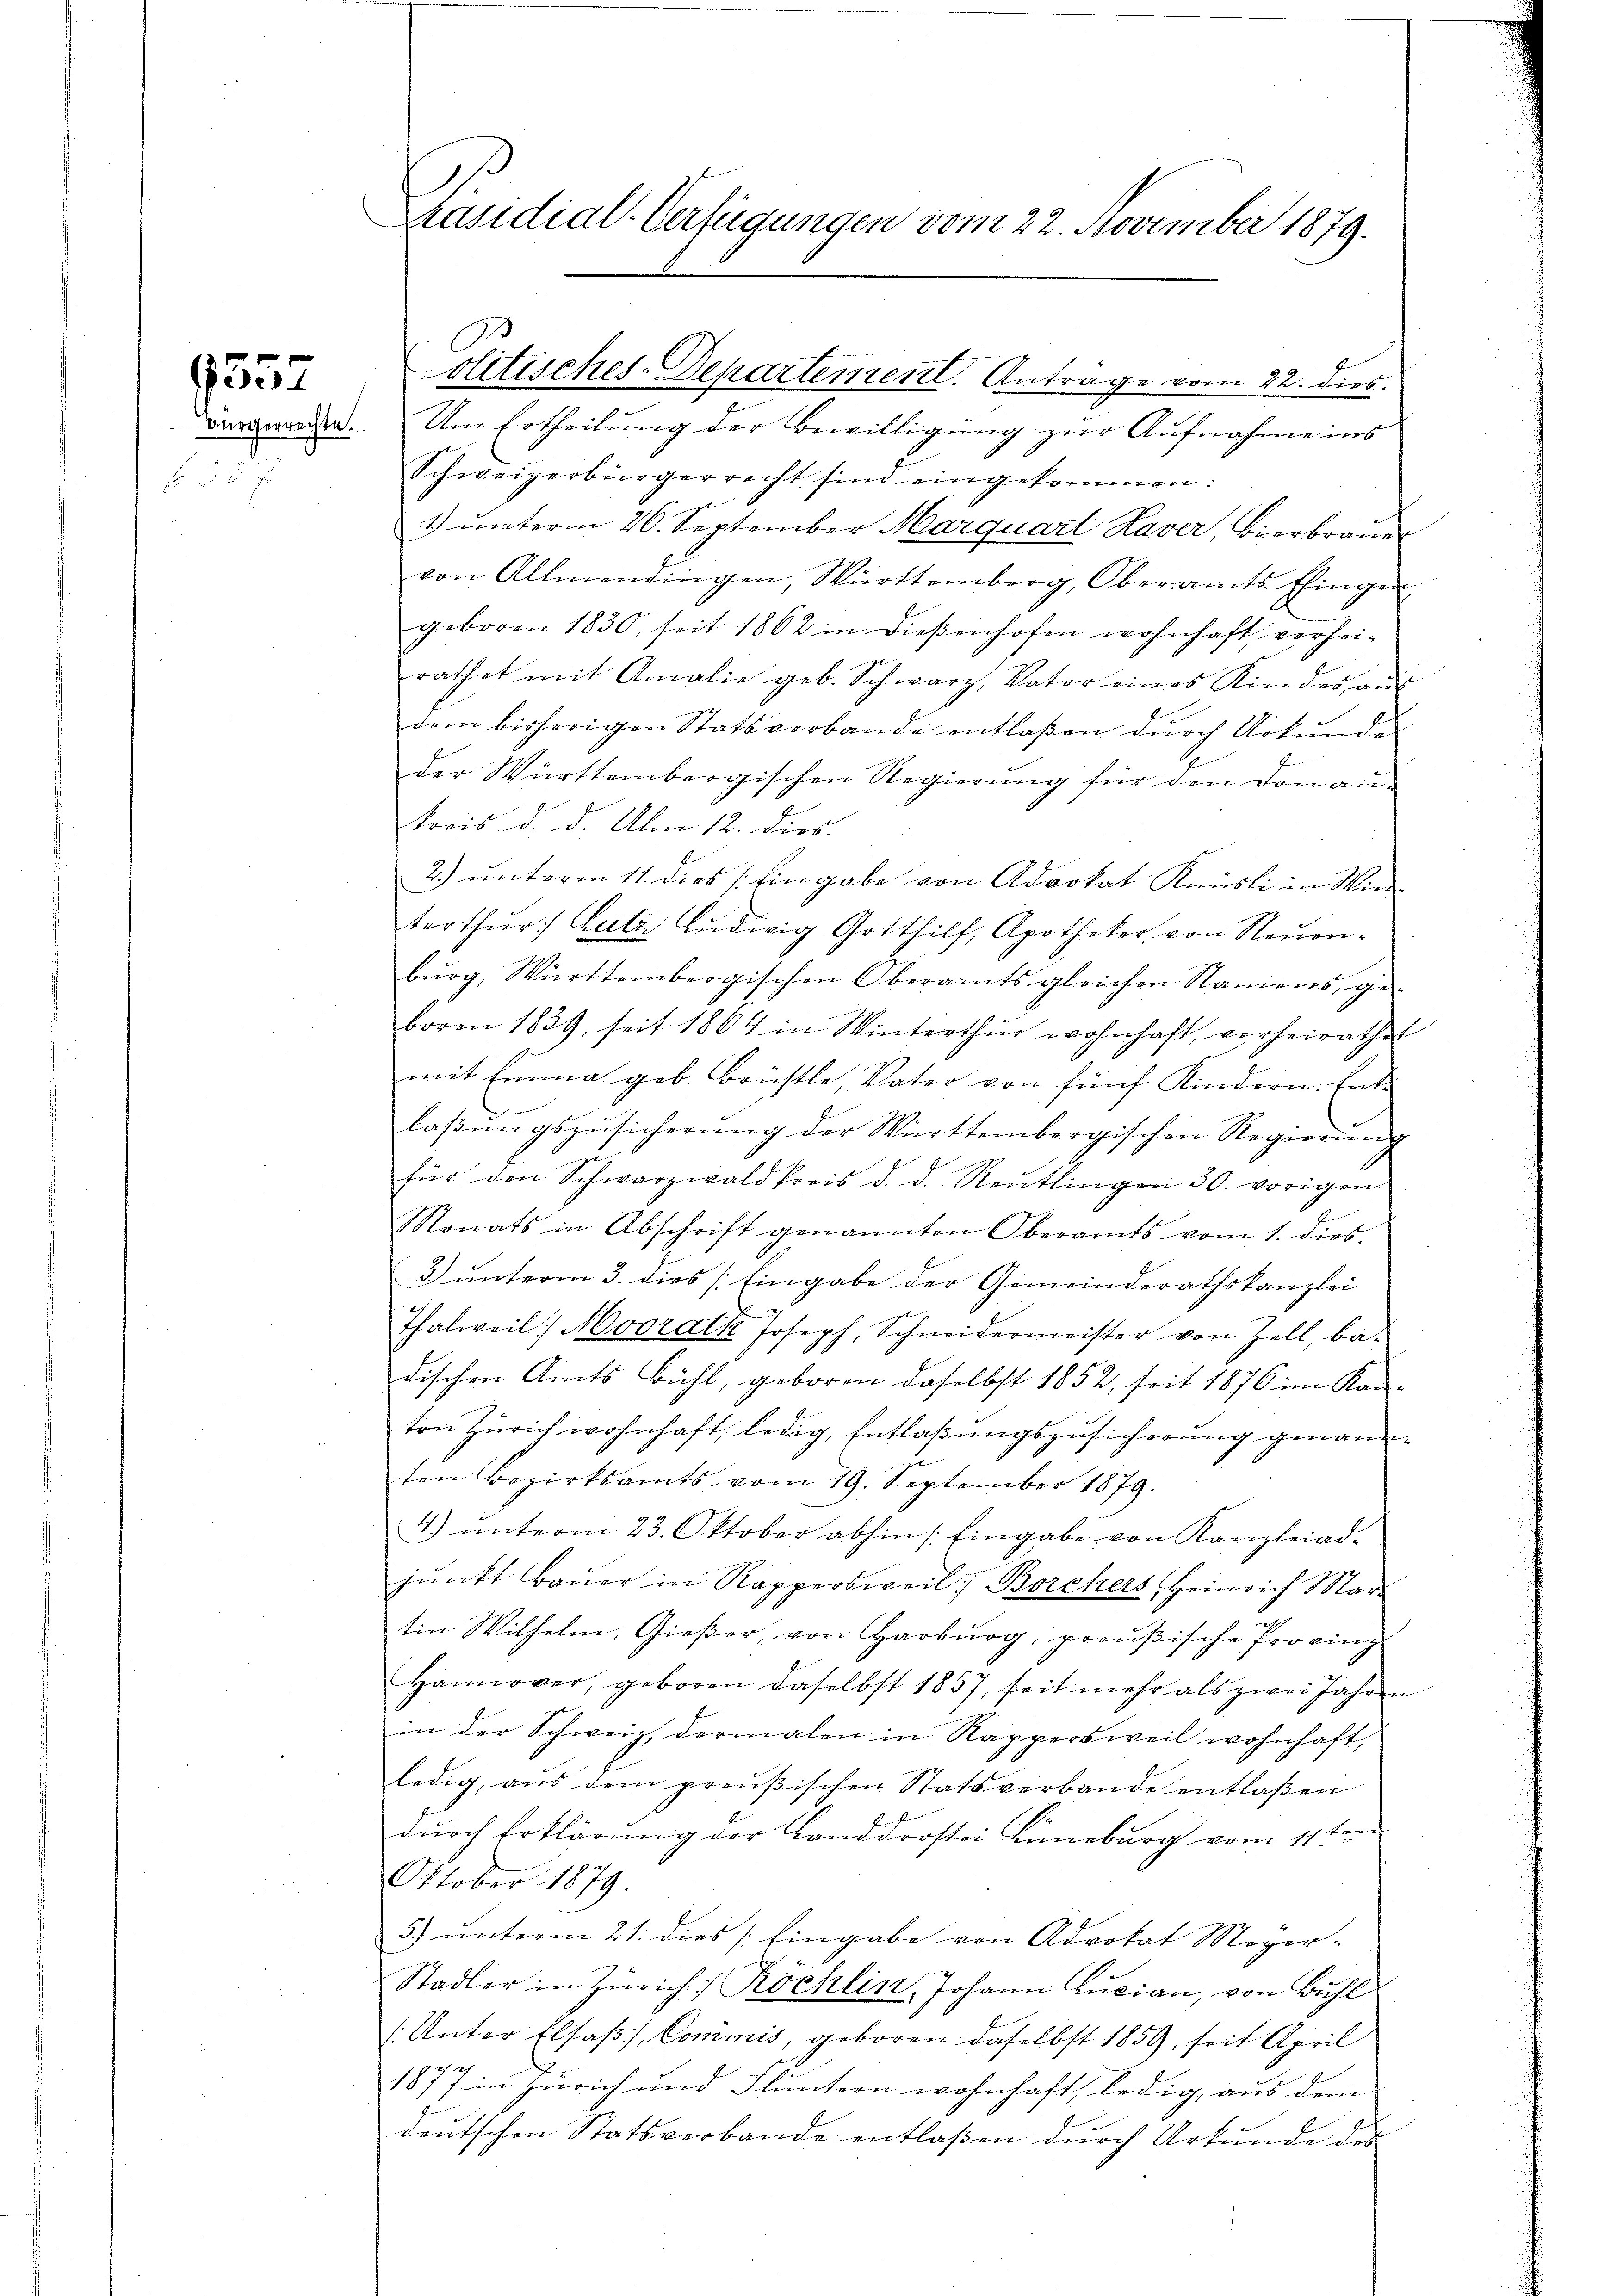
9557

Präsidial-Verfügungen vom 22. November 1879.

dergerade. Am Ertheilŭng der Bewilligŭng zŭr Aŭfnahme ins
Schweizerbürgerrecht sind eingekommen:
1) unterm 26. September Marquart Haver, Bierbrau
von Allmendingen, Württemberg, Oberamts Eingen
geboren 1830, seit 1862 in dießenhofen wohnhaft verheirathet mit Amalie geb. Schwarz, Vater eines Kindes aŭs
dem bisherigen Statsverbande entlaßen durch Urkunde
I
der Württembergischen Regierung für den von aukreis d. d. Am 12. dies
2.) unterm 11. dies /: Eingabe von Advokat Knüsli in Winterthŭr Later Ludwig Gotthilf, Apotheker, von Neuen-
bŭrg, Württembergischen Oberamts gleichen Namens, ge-
boren 1839 seit 1864 in Winterthur wohnhaft, verheirathet
mit Emma geb. Brüstle, Vater von fünf Kindern. Ent-

laβŭngszŭsicherŭng der Württembergischen Regierŭng
für den Schwarzwald kreis d. d. Reutlingen 30. vorigen
Nonats in Abschrift genannten Oberamts vom 1. dies
3) unterm 3. dies (Eingabe der Gemeinderathskanzlei
Thalweil Moorath Joseph, Schneidermeister von Zell, ba-
dischen Amts Bühl, geboren daselbst 1852, seit 1876 im Kanton Zürich wohnhaft, ledig, Entlaßungszusicherung genannten Bezirksamts vom 19. September 1879.
4) ŭnterm 23. Oktober abhin Eingabe von Kanzleiad-
pŭnkt baŭer in Rappersweil: Borchers, Heinrich Mar-
tin Wilhelm, Gießer, von Harburg, proŭβische Provinz
Hannover, geboren daselbst 1857, seit mehr als zwei Jahren
in der Schweiz, dermalen in Rappersweil wohnhaft,
ledig, aus dem preußischen Statsverbande entlaßen
durch Erklärung der Landdrostei Lüneburg vom 11ten
Oktober 1879.
5) unterm 21. dies /: Eingabe von Advokat Meyer-
Stadler in Zürich / Köchlin, Johann Lucian, von Bühl
(Unter Elsaβ, Commis, geboren daselbst 1859, seit April
1877 in Zürich und Fläutern wohnhaft, ledig, aus der
deutschen Statsverbande entlaßen durch Urkunde des

olitisches-Departement. Antrage vom 22. dies.